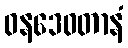
ဝနဒေဝတာနံ